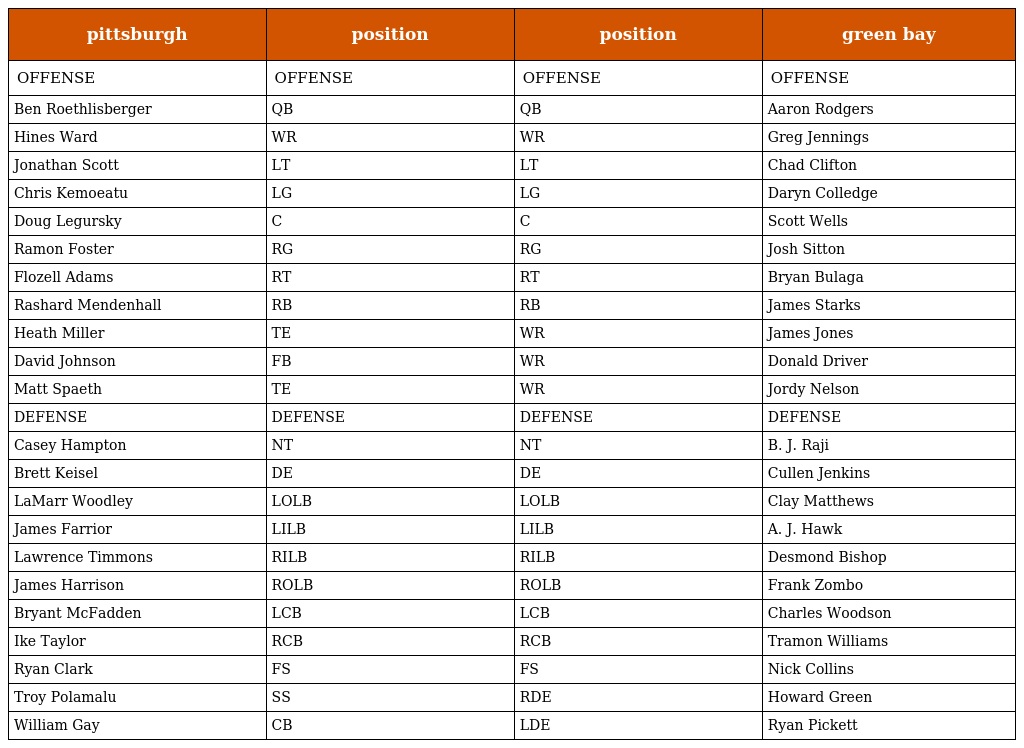
| pittsburgh | position | position | green bay |
 | --- | --- | --- | --- |
 | OFFENSE | OFFENSE | OFFENSE | OFFENSE |
 | Ben Roethlisberger | QB | QB | Aaron Rodgers |
 | Hines Ward | WR | WR | Greg Jennings |
 | Jonathan Scott | LT | LT | Chad Clifton |
 | Chris Kemoeatu | LG | LG | Daryn Colledge |
 | Doug Legursky | C | C | Scott Wells |
 | Ramon Foster | RG | RG | Josh Sitton |
 | Flozell Adams | RT | RT | Bryan Bulaga |
 | Rashard Mendenhall | RB | RB | James Starks |
 | Heath Miller | TE | WR | James Jones |
 | David Johnson | FB | WR | Donald Driver |
 | Matt Spaeth | TE | WR | Jordy Nelson |
 | DEFENSE | DEFENSE | DEFENSE | DEFENSE |
 | Casey Hampton | NT | NT | B. J. Raji |
 | Brett Keisel | DE | DE | Cullen Jenkins |
 | LaMarr Woodley | LOLB | LOLB | Clay Matthews |
 | James Farrior | LILB | LILB | A. J. Hawk |
 | Lawrence Timmons | RILB | RILB | Desmond Bishop |
 | James Harrison | ROLB | ROLB | Frank Zombo |
 | Bryant McFadden | LCB | LCB | Charles Woodson |
 | Ike Taylor | RCB | RCB | Tramon Williams |
 | Ryan Clark | FS | FS | Nick Collins |
 | Troy Polamalu | SS | RDE | Howard Green |
 | William Gay | CB | LDE | Ryan Pickett |